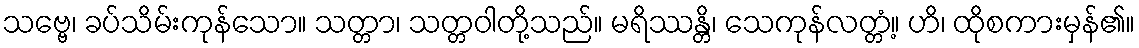
သဗ္ဗေ၊ ခပ်သိမ်းကုန်သော။ သတ္တာ၊ သတ္တဝါတို့သည်။ မရိဿန္တိ၊ သေကုန်လတ္တံ့။ ဟိ၊ ထိုစကားမှန်၏။